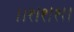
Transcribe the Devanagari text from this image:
।।१।१।१।।